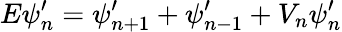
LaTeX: E\psi_{n}^{\prime}=\psi_{n+1}^{\prime}+\psi_{n-1}^{\prime}+V_{n}\psi_{n}^{\prime}